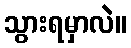
သွားရမှာလဲ။